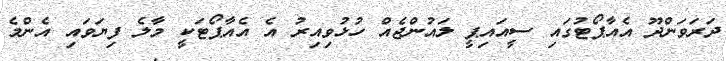
ދަރަވަންދޫ އެއާޕޯޓުގައި ސީއައިޕީ ލައުންޖެއް ހުޅުވިއިރު އެ އެއާޕޯޓަކީ މާލެ ފިޔަވައި އެންމެ